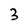
Character: 3